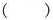
（）